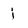
Character: i